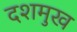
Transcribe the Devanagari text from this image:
दशमुख